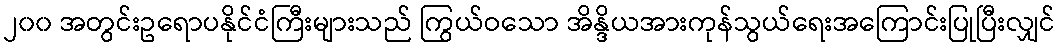
၂၀၀ အတွင်းဥရောပနိုင်ငံကြီးများသည် ကြွယ်ဝသော အိန္ဒိယအားကုန်သွယ်ရေးအကြောင်းပြုပြီးလျှင်